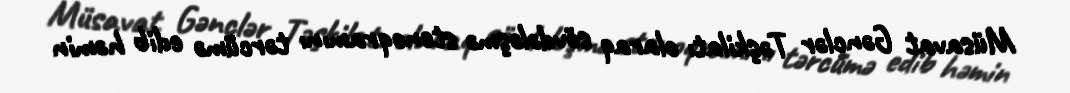
Müsavat Gənclər Təşkilatı olaraq sövdələşmə stenoqramını tərcümə edib həmin